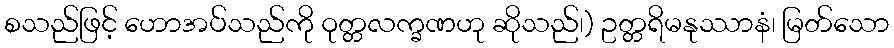
စသည်ဖြင့် ဟောအပ်သည်ကို ဝုတ္တလက္ခဏဟု ဆိုသည်၊) ဥတ္တရိမနုဿာနံ၊ မြတ်သော